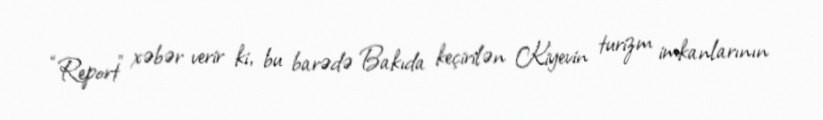
“Report” xəbər verir ki, bu barədə Bakıda keçirilən Kiyevin turizm imkanlarının